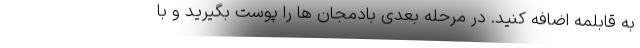
به قابلمه اضافه کنید. در مرحله بعدی بادمجان ها را پوست بگیرید و با